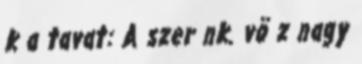
k a tavat: A szer nk. vö z nagy